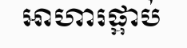
អាហារផ្អាប់